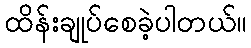
ထိန်းချုပ်စေခဲ့ပါတယ်။